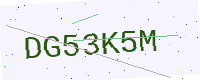
Text: DG53K5M